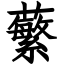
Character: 蘩